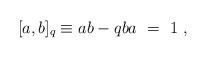
LaTeX: \begin{align*} [a,b]_q \equiv ab - qba \ =\ 1\ ,\end{align*}